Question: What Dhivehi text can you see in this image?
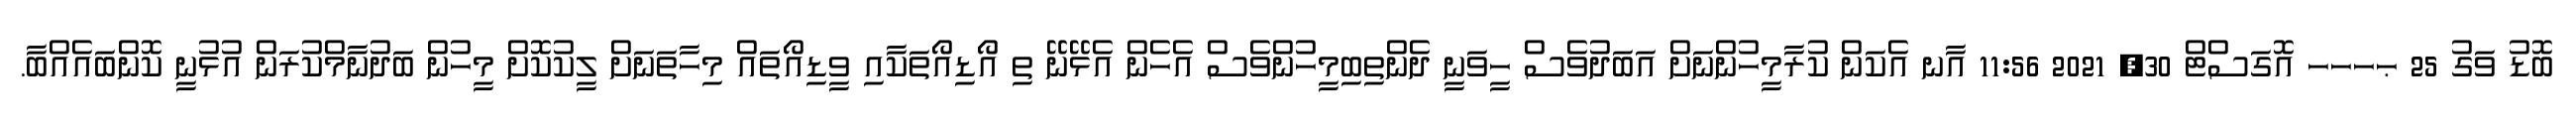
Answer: ބޮޑު ވަގު 25 ޙހހހ އޮގަސްޓް 30, 2021 11:56 އާނ އެކަން ކުރާމީހުންނަށް އަބަދުވެސް ހީވަނީ ދެންތިބިމީހުންވެސް އެހެން އެޅޭނޭ ތި އޯޑިއޯތަކާއި ވީޑިއޯތައް މިހާތަނަށް ލީކުކޮށް މީހުން ބަދުނާމްކުރަން އުޅުނީ ކޮންބައެއްބާ.